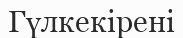
Гүлкекірені